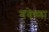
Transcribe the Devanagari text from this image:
गवेष्णा